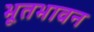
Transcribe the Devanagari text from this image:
भूतभावन